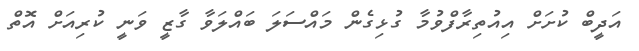
އަދީބް ކުށަށް އިއުތިރާފްވުމާ ގުޅިގެން މައްސަލަ ބައްލަވާ ގާޒީ ވަނީ ކުރިއަށް އޮތް